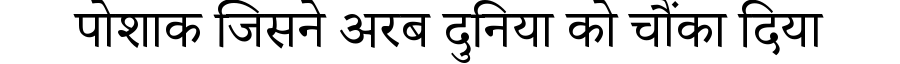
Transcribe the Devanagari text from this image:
पोशाक जिसने अरब दुनिया को चौंका दिया